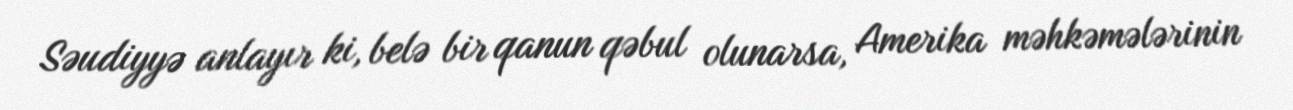
Səudiyyə anlayır ki, belə bir qanun qəbul olunarsa, Amerika məhkəmələrinin